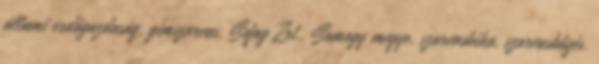
állami erdőgazdaság, gímszarvas, Sefag Zrt., Somogy megye, szarvasbika, szarvasbőgés,